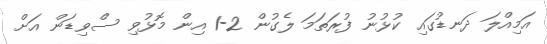
އަމިއްލަ ދަނޑުގައި ކުޅުނު ފުރަތަމަ ލެގުން 2-1 އިން މޮޅުވި ސްވިޑަން އަށް